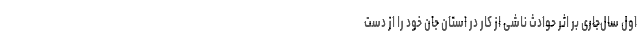
اول سال‌جاری بر اثر حوادث ناشی از کار در استان جان خود را از دست